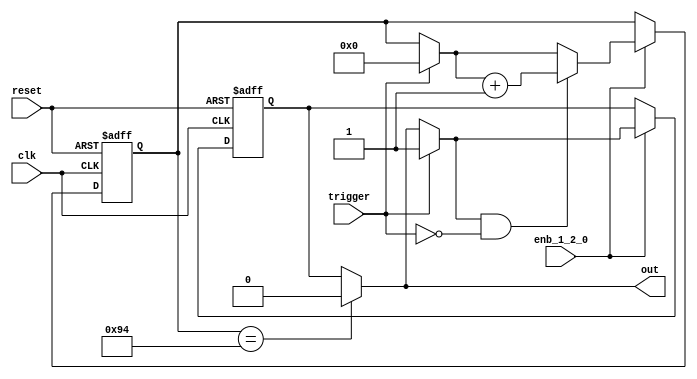
// -------------------------------------------------------------
// 
// 
// Generated by MATLAB 9.13 and HDL Coder 4.0
// 
// -------------------------------------------------------------


// -------------------------------------------------------------
// 
// Module: whdlOFDMTx_MATLAB_Function3
// Source Path: whdlOFDMTx/Frame Controller and Input Sampler/Enable Header and Preamble /MATLAB Function3
// Hierarchy Level: 5
// 
// -------------------------------------------------------------

`timescale 1 ns / 1 ns

module whdlOFDMTx_MATLAB_Function3
          (clk,
           reset,
           enb_1_2_0,
           trigger,
           out);


  input   clk;
  input   reset;
  input   enb_1_2_0;
  input   trigger;
  output  out;


  reg  out_1;
  reg [7:0] count;  // ufix8
  reg  state;
  reg [7:0] count_next;  // ufix8
  reg  state_next;
  reg [7:0] count_temp;  // ufix8
  reg  state_temp;


  always @(posedge clk or posedge reset)
    begin : MATLAB_Function3_process
      if (reset == 1'b1) begin
        count <= 8'b00000000;
        state <= 1'b0;
      end
      else begin
        if (enb_1_2_0) begin
          count <= count_next;
          state <= state_next;
        end
      end
    end

  always @(count, state, trigger) begin
    count_temp = count;
    state_temp = state;
    // %% Executes in next clock cycle
    if (count == 8'b10010100) begin
      state_temp = 1'b0;
    end
    out_1 = state_temp;
    // %% Executes in current clock cycle
    if (trigger) begin
      state_temp = 1'b1;
      count_temp = 8'b00000000;
    end
    if (state_temp && ( ! trigger)) begin
      count_temp = count_temp + 8'b00000001;
    end
    count_next = count_temp;
    state_next = state_temp;
  end



  assign out = out_1;

endmodule  // whdlOFDMTx_MATLAB_Function3